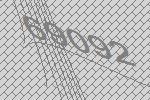
69092